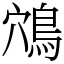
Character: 鴪